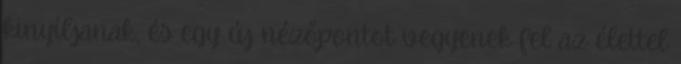
kinyíljanak, és egy új nézőpontot vegyenek fel az élettel